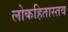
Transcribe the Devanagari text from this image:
लोकहितास्तव